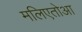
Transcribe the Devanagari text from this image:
मलिएतोआ